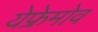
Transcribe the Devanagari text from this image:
येफ्रेमोव